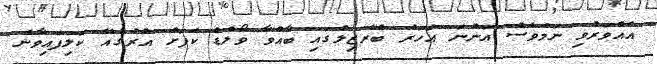
އެއްވަރުވި ނަމަވެސް އަންނަ އަހަރު ބްރެޒިލްގައި ބާއްވާ ވޯލްޑް ކަޕަށް އުރުގުއޭ ކޮލިފައިވާނެ